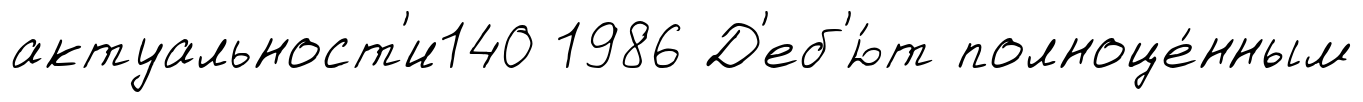
актуальност'и140 1986 Д'еб'ю́т полноце́нным